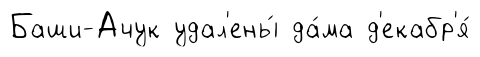
Баши-Ачук удал'ены́ да́ма д'екабр'я́